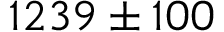
1 2 3 9 \pm 1 0 0